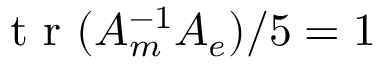
\mathrm { ~ t ~ r ~ } ( A _ { m } ^ { - 1 } A _ { e } ) / 5 = 1